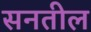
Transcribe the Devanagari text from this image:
सनतील